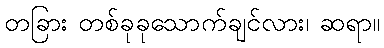
တခြား တစ်ခုခုသောက်ချင်လား၊ ဆရာ။